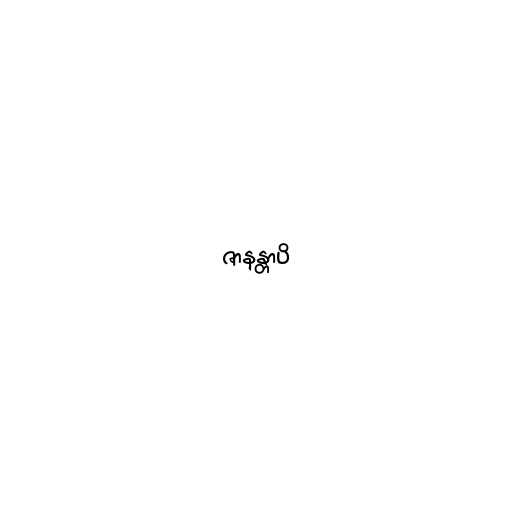
ဇာနန္တာပိ